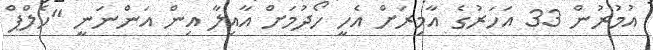
އުމުރުން 33 އަހަރުގެ އާމިރަށް އެހީ ހޯދުމަށް އާއިލާ އިން އަންނަނީ "ހެލްޕް